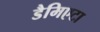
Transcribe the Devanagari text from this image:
डैमिएटा